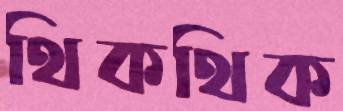
থিকথিক